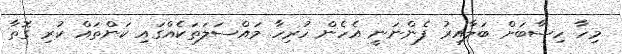
މިހާ ހިސާބަށް ބަލާއިރު ފެންނަނީ އެހެން ހުރިހާ މައްސަލަތަކެއްގައި ކަންތައް ކުރި ގޮތާ